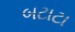
બટાટા